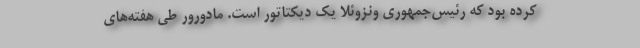
کرده بود که رئیس‌جمهوری ونزوئلا یک دیکتاتور است. مادورور طی هفته‌های